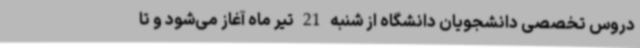
دروس تخصصی دانشجویان دانشگاه از شنبه 21 تیر ماه آغاز می‌شود و تا